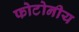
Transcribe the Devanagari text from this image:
फोटोनीय